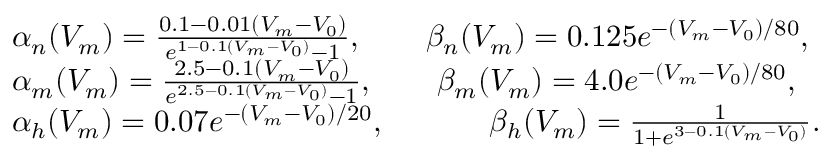
\begin{array} { r l } & { \alpha _ { n } ( V _ { m } ) = \frac { 0 . 1 - 0 . 0 1 ( V _ { m } - V _ { 0 } ) } { e ^ { 1 - 0 . 1 ( V _ { m } - V _ { 0 } ) } - 1 } , \qquad \beta _ { n } ( V _ { m } ) = 0 . 1 2 5 e ^ { - ( V _ { m } - V _ { 0 } ) / 8 0 } , } \\ & { \alpha _ { m } ( V _ { m } ) = \frac { 2 . 5 - 0 . 1 ( V _ { m } - V _ { 0 } ) } { e ^ { 2 . 5 - 0 . 1 ( V _ { m } - V _ { 0 } ) } - 1 } , \qquad \beta _ { m } ( V _ { m } ) = 4 . 0 e ^ { - ( V _ { m } - V _ { 0 } ) / 8 0 } , } \\ & { \alpha _ { h } ( V _ { m } ) = 0 . 0 7 e ^ { - ( V _ { m } - V _ { 0 } ) / 2 0 } , \qquad \ \ \ \ \beta _ { h } ( V _ { m } ) = \frac { 1 } { 1 + e ^ { 3 - 0 . 1 ( V _ { m } - V _ { 0 } ) } } . } \end{array}